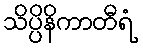
သိပ္ပိနိကာတီရံ